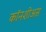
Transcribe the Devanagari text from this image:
कॉनशीअस